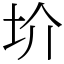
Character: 圿